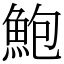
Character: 鮑